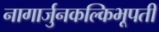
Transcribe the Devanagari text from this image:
नागार्जुनकल्किभूपती